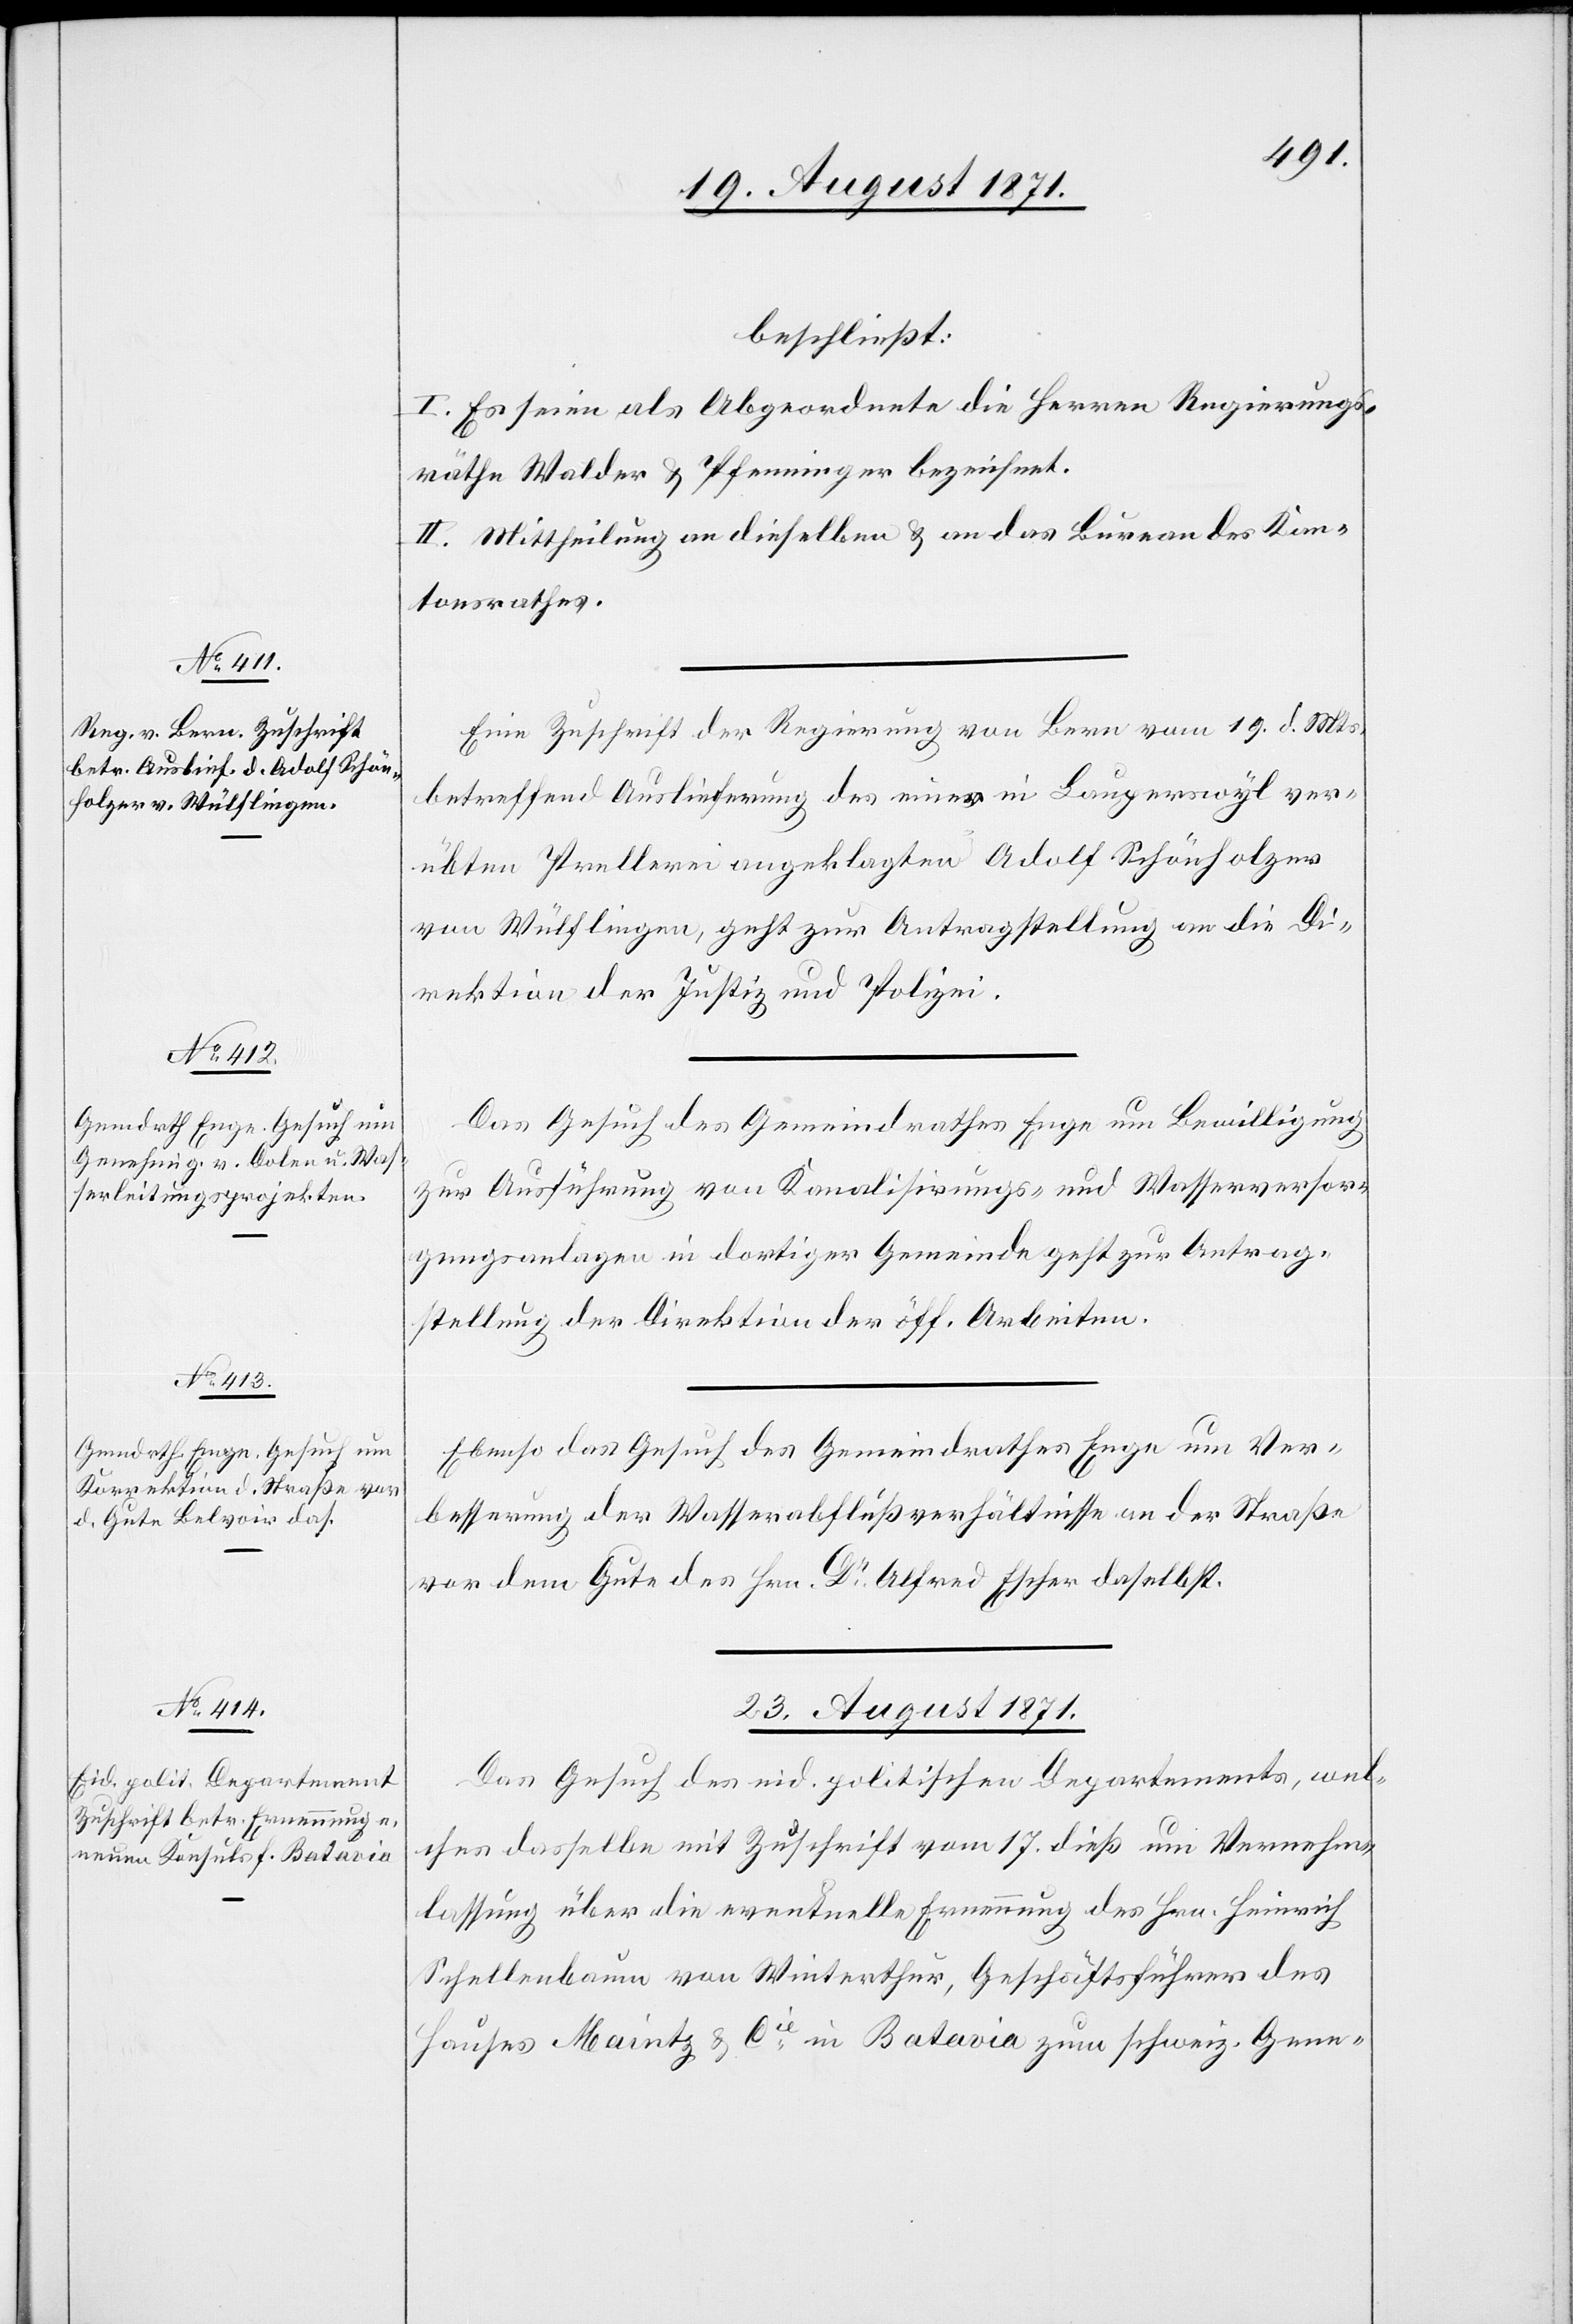
22. August 1871.]
beschließt:
I. Es seien als Abgeordnete die Herren Regierungs¬
räthe Walder & Pfenninger bezeichnet.
II. Mittheilung an dieselben & an das Bureau des Kan¬
tonsrathes.
Eine Zuschrift der Regierung von Bern vom 19. d. Mts.
betreffend Auslieferung des einer in Lauperswyl ver¬
übten Prellerei angeklagten Adolf Schönholzer
von Wülflingen, geht zur Antragstellung an die Di¬
rektion der Justiz und Polizei.
Das Gesuch des Gemeindrathes Enge um Bewilligung
zur Ausführung von Kanalisirungs- und Wasserversor¬
gungsanlagen in dortiger Gemeinde geht zur Antrag¬
stellung der [recte: an die] Direktion
Ebenso das Gesuch des Gemeindrathes Enge um Aus¬
besserung der Wasserabflußverhältnisse an der Straße
von dem Gute des Hrn. Dr Alfred Escher daselbst.
23. August 1871.
Das Gesuch des eid. politischen Departements, wel¬
ches dasselbe mit Zuschrift vom 17. dieß um Vernehm¬
lassung über die eventuelle Ernennung des Hrn. Heinrich
Schellenbaum von Winterthur, Geschäftsführer des
Hauses Maintz & Cie in Batavia zum schweiz. Gene-